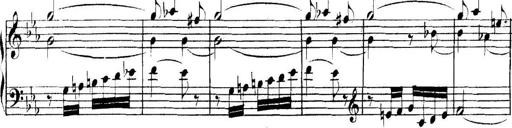
Title: Collected Piano Sonatas
Composer: Muzio Clementi